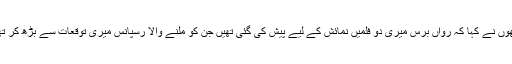
انھوں نے کہا کہ رواں برس میری دو فلمیں نمائش کے لیے پیش کی گئی تھیں جن کو ملنے والا رسپانس میری توقعات سے بڑھ کر تھا۔